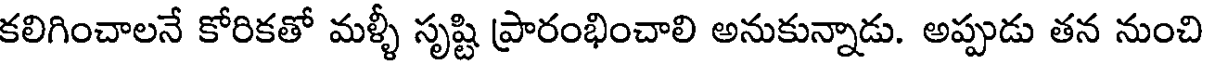
కలిగించాలనే కోరికతో మళ్ళీ సృష్టి ప్రారంభించాలి అనుకున్నాడు. అప్పుడు తన నుంచి